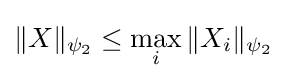
\|X\|_{\psi _{2}}\leq \max _{i}\|X_{i}\|_{\psi _{2}}